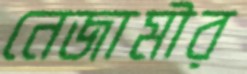
নেজামীর